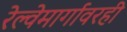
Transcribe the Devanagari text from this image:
रेल्वेमार्गावरही